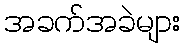
အခက်အခဲများ